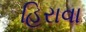
હિરાવા